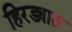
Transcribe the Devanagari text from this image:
हिरड्यात